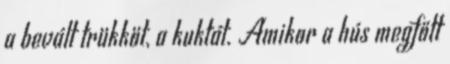
a bevált trükköt, a kuktát. Amikor a hús megfőtt